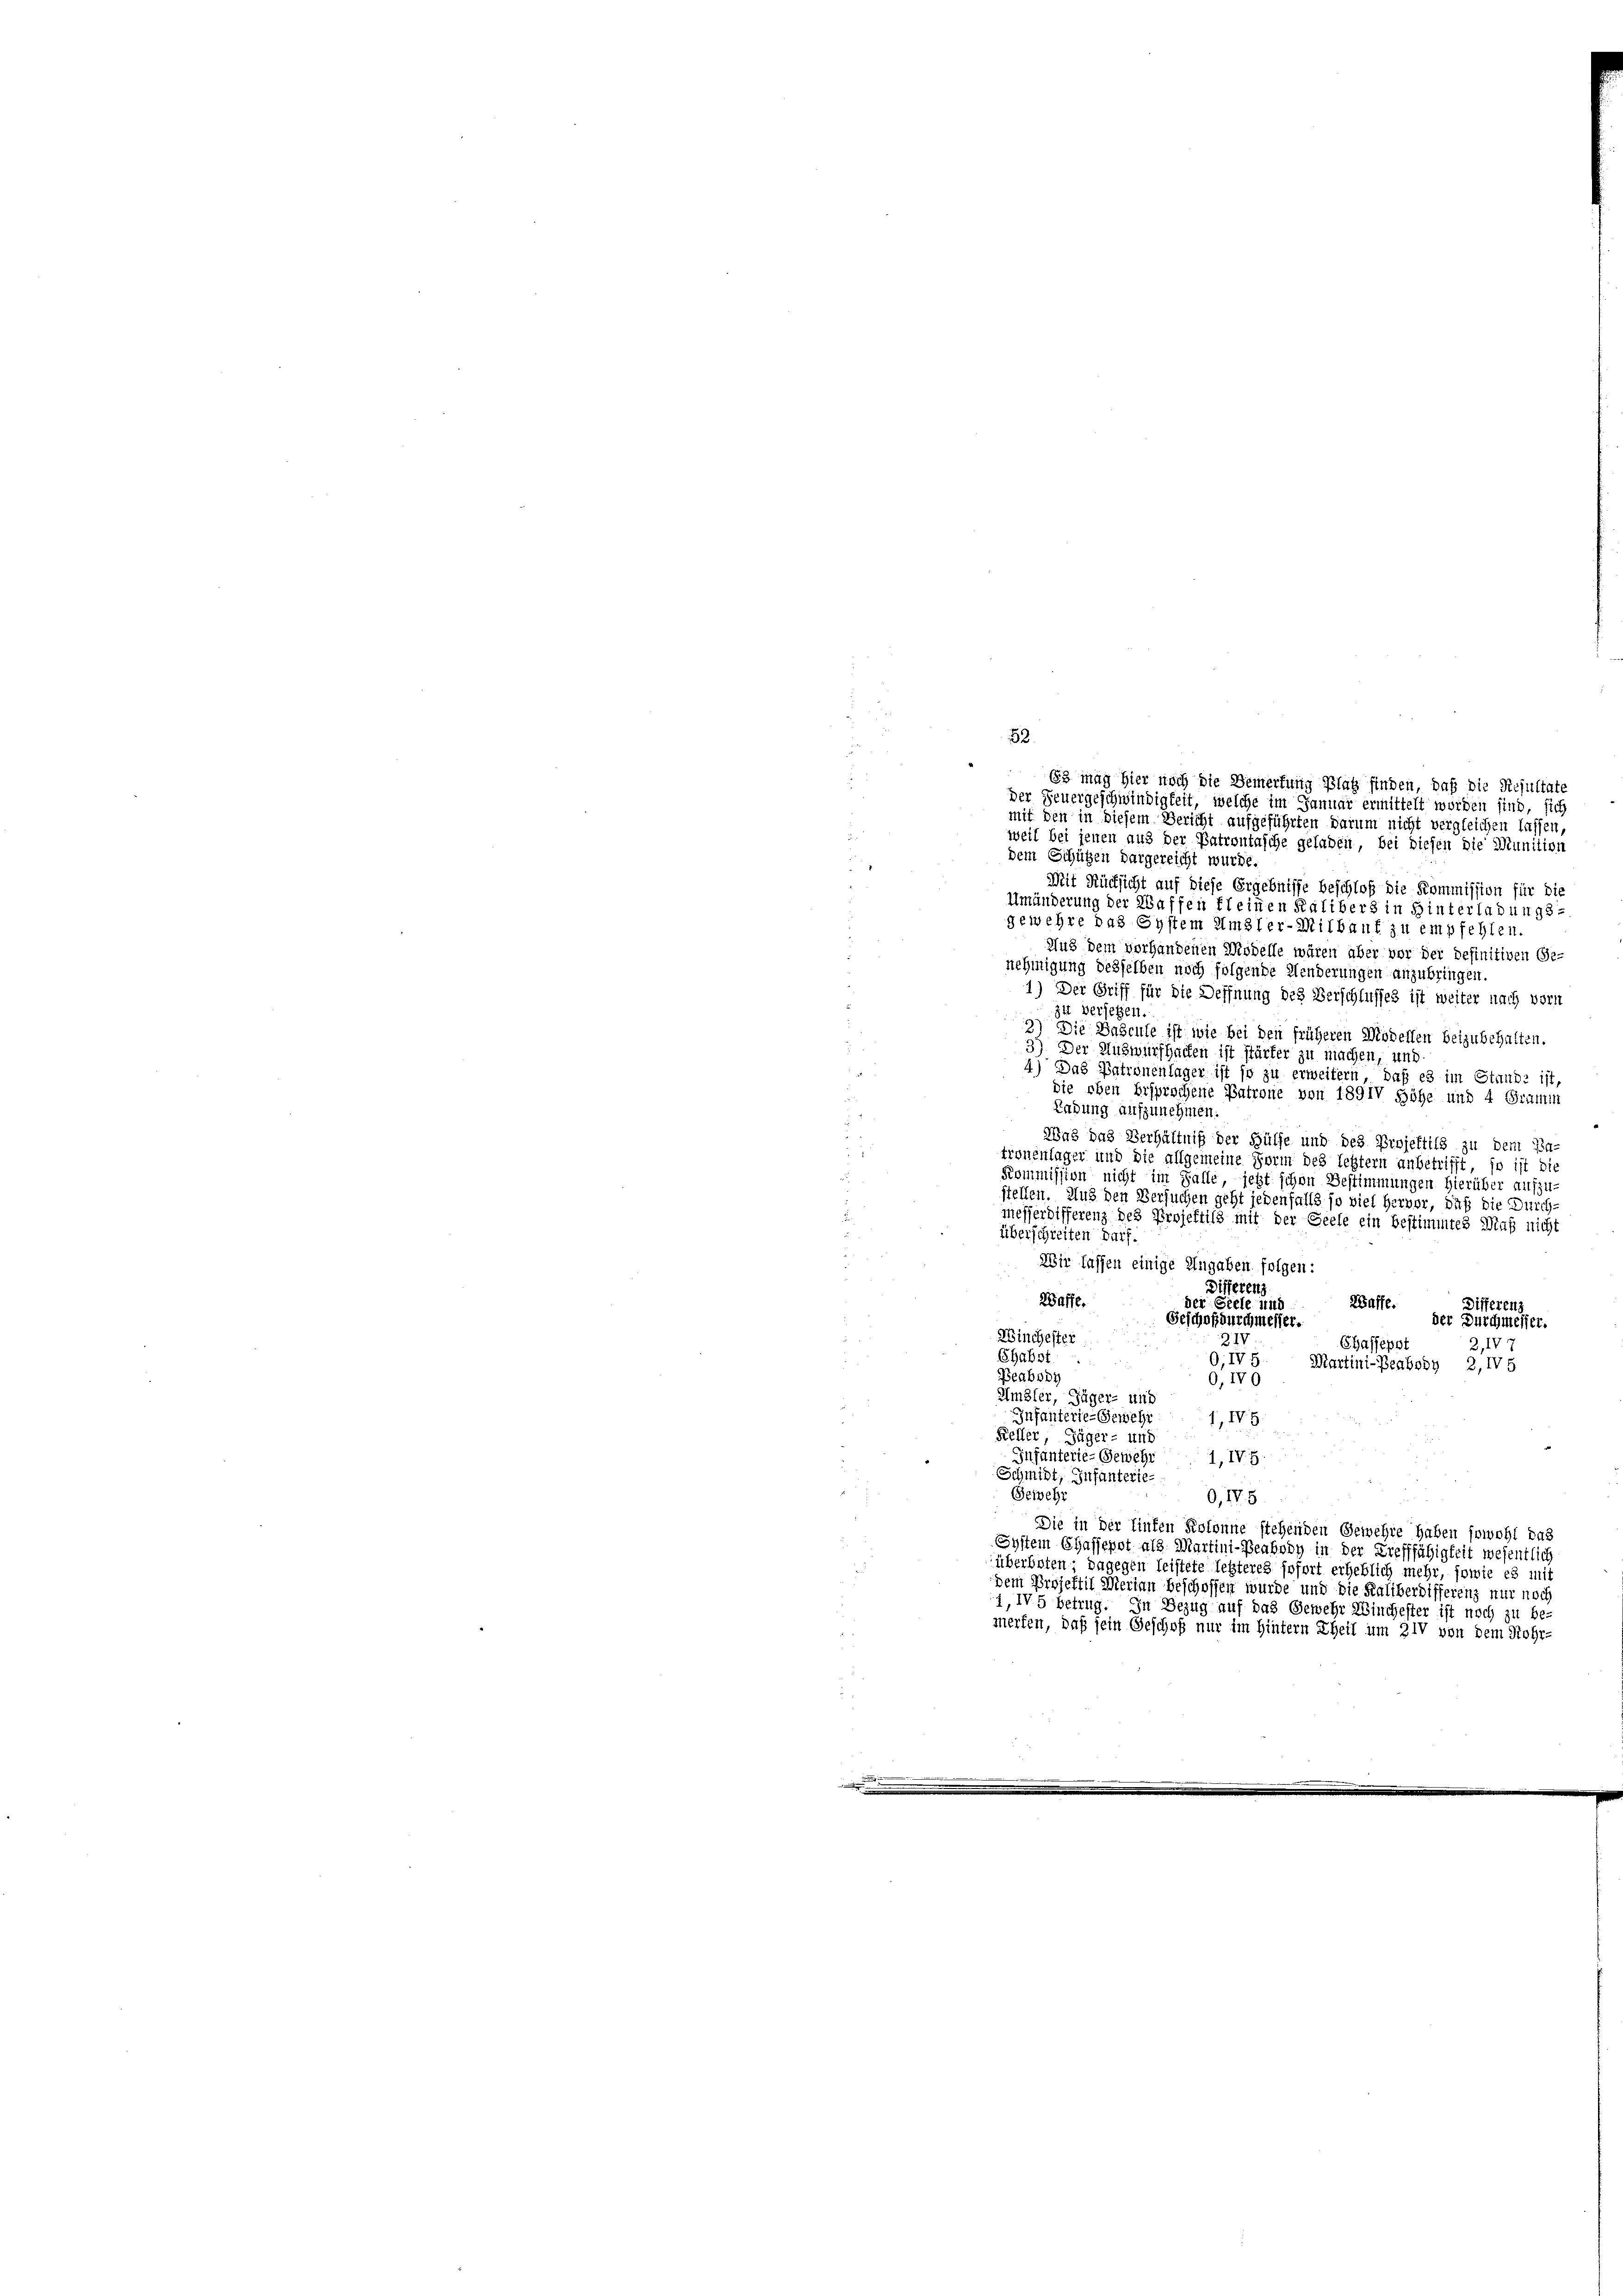
52.

.
.
weil bei jenen aus der Patrontasche geladen, bei diesen die Munition
dem Schützen dargereicht wurde.
u
Mit Rücksicht auf diese Ergebnisse beschloß die Kommission für die
Umänderung der Waffen fleinen Kalibers in Hinterladungs-
gewehre das System Umster-Milbauf zu empfehlen.
Aus dem vorhandenen Modelle wären aber vor der definitiven (Ge-
nehmigung desselben noch folgende Menderungen anzubringen.
1) Der Griff für die Deffnung des Verschlusses ist weiter nach vorn
34 versetzen.
Die Bascule ist wie bei den früheren Modellen beizubehalten.
i
3) Der Auswurfbachen ist stärker zu machen, und
4) Das Patronenlager ist so zu erweitern, daß es im Stande ist,
die oben Ersprochene Patrone von 1891V Höhe und 4 Gramin
Labung aufzunehmen.
Was das Verhältniß der Hülfe und des Projettils zu dem Ba-
tronenlager und die allgemeine Form des letztern unbetrifft, so ist die
Kommission nicht im Falle, jetzt schon Bestimmungen hierüber aufzu
stellen. Aus den Versuchen geht jedenfalls so viel Hervor, daß die Durch
messerdifferenz des Projektils mit der Seele ein bestimmtes Daß nicht
überschreiten darf.
Wir lassen einige Angaben folgen:
Differenz
Waffe.
der Seele und
Differenz
Waffe.
Geschof durchmesser.
der Durchmesser.
Winchester
2IV
Chaffepot
2,IV
Chabst
9, IV 5. Martini-Beabsiy 2,15
Beabody
0,IV0
Umbler, Jäger- und
Infanterie-Gewehr 1, IV 5
Keller Jäger- und
Infanterie-Gewehr 1, IV 5.
Schmidt, Infanterie-
Gewehr
9, IV 5
Die in der Einten Kolonne stehenden Gewehre haben sowohl das
System Chassepot als Martini-Beahroy in der Trefffähigkeit wesentlich
überboten, dagegen leistete letzteres sofort erheblich mehr, sowie es mi
Dem Projektil Merien beschoffen wurde und die Kaliberdifferenz nur noch
1, IV 5 betrug. In Bezug auf das Gewehr Wintester ist noch zu be-
merfen, daß sein Geschof nur im Hintern Theil um ZIV von dem Rohr-

63 mag hier noch die Bemerkung Platz finden, daß die Resultate
der Feuergeschwindigkeit, welche im Januar ermittelt worden sind, sich
mit den in diesem Bericht aufgeführten Darum nicht vergleichen lassen,